DOW-UAP-D12, Mission Report, Iraq, May 2022
Agency: Department of War
Incident date: 5/20/22
Incident location: Iraq
Page 1
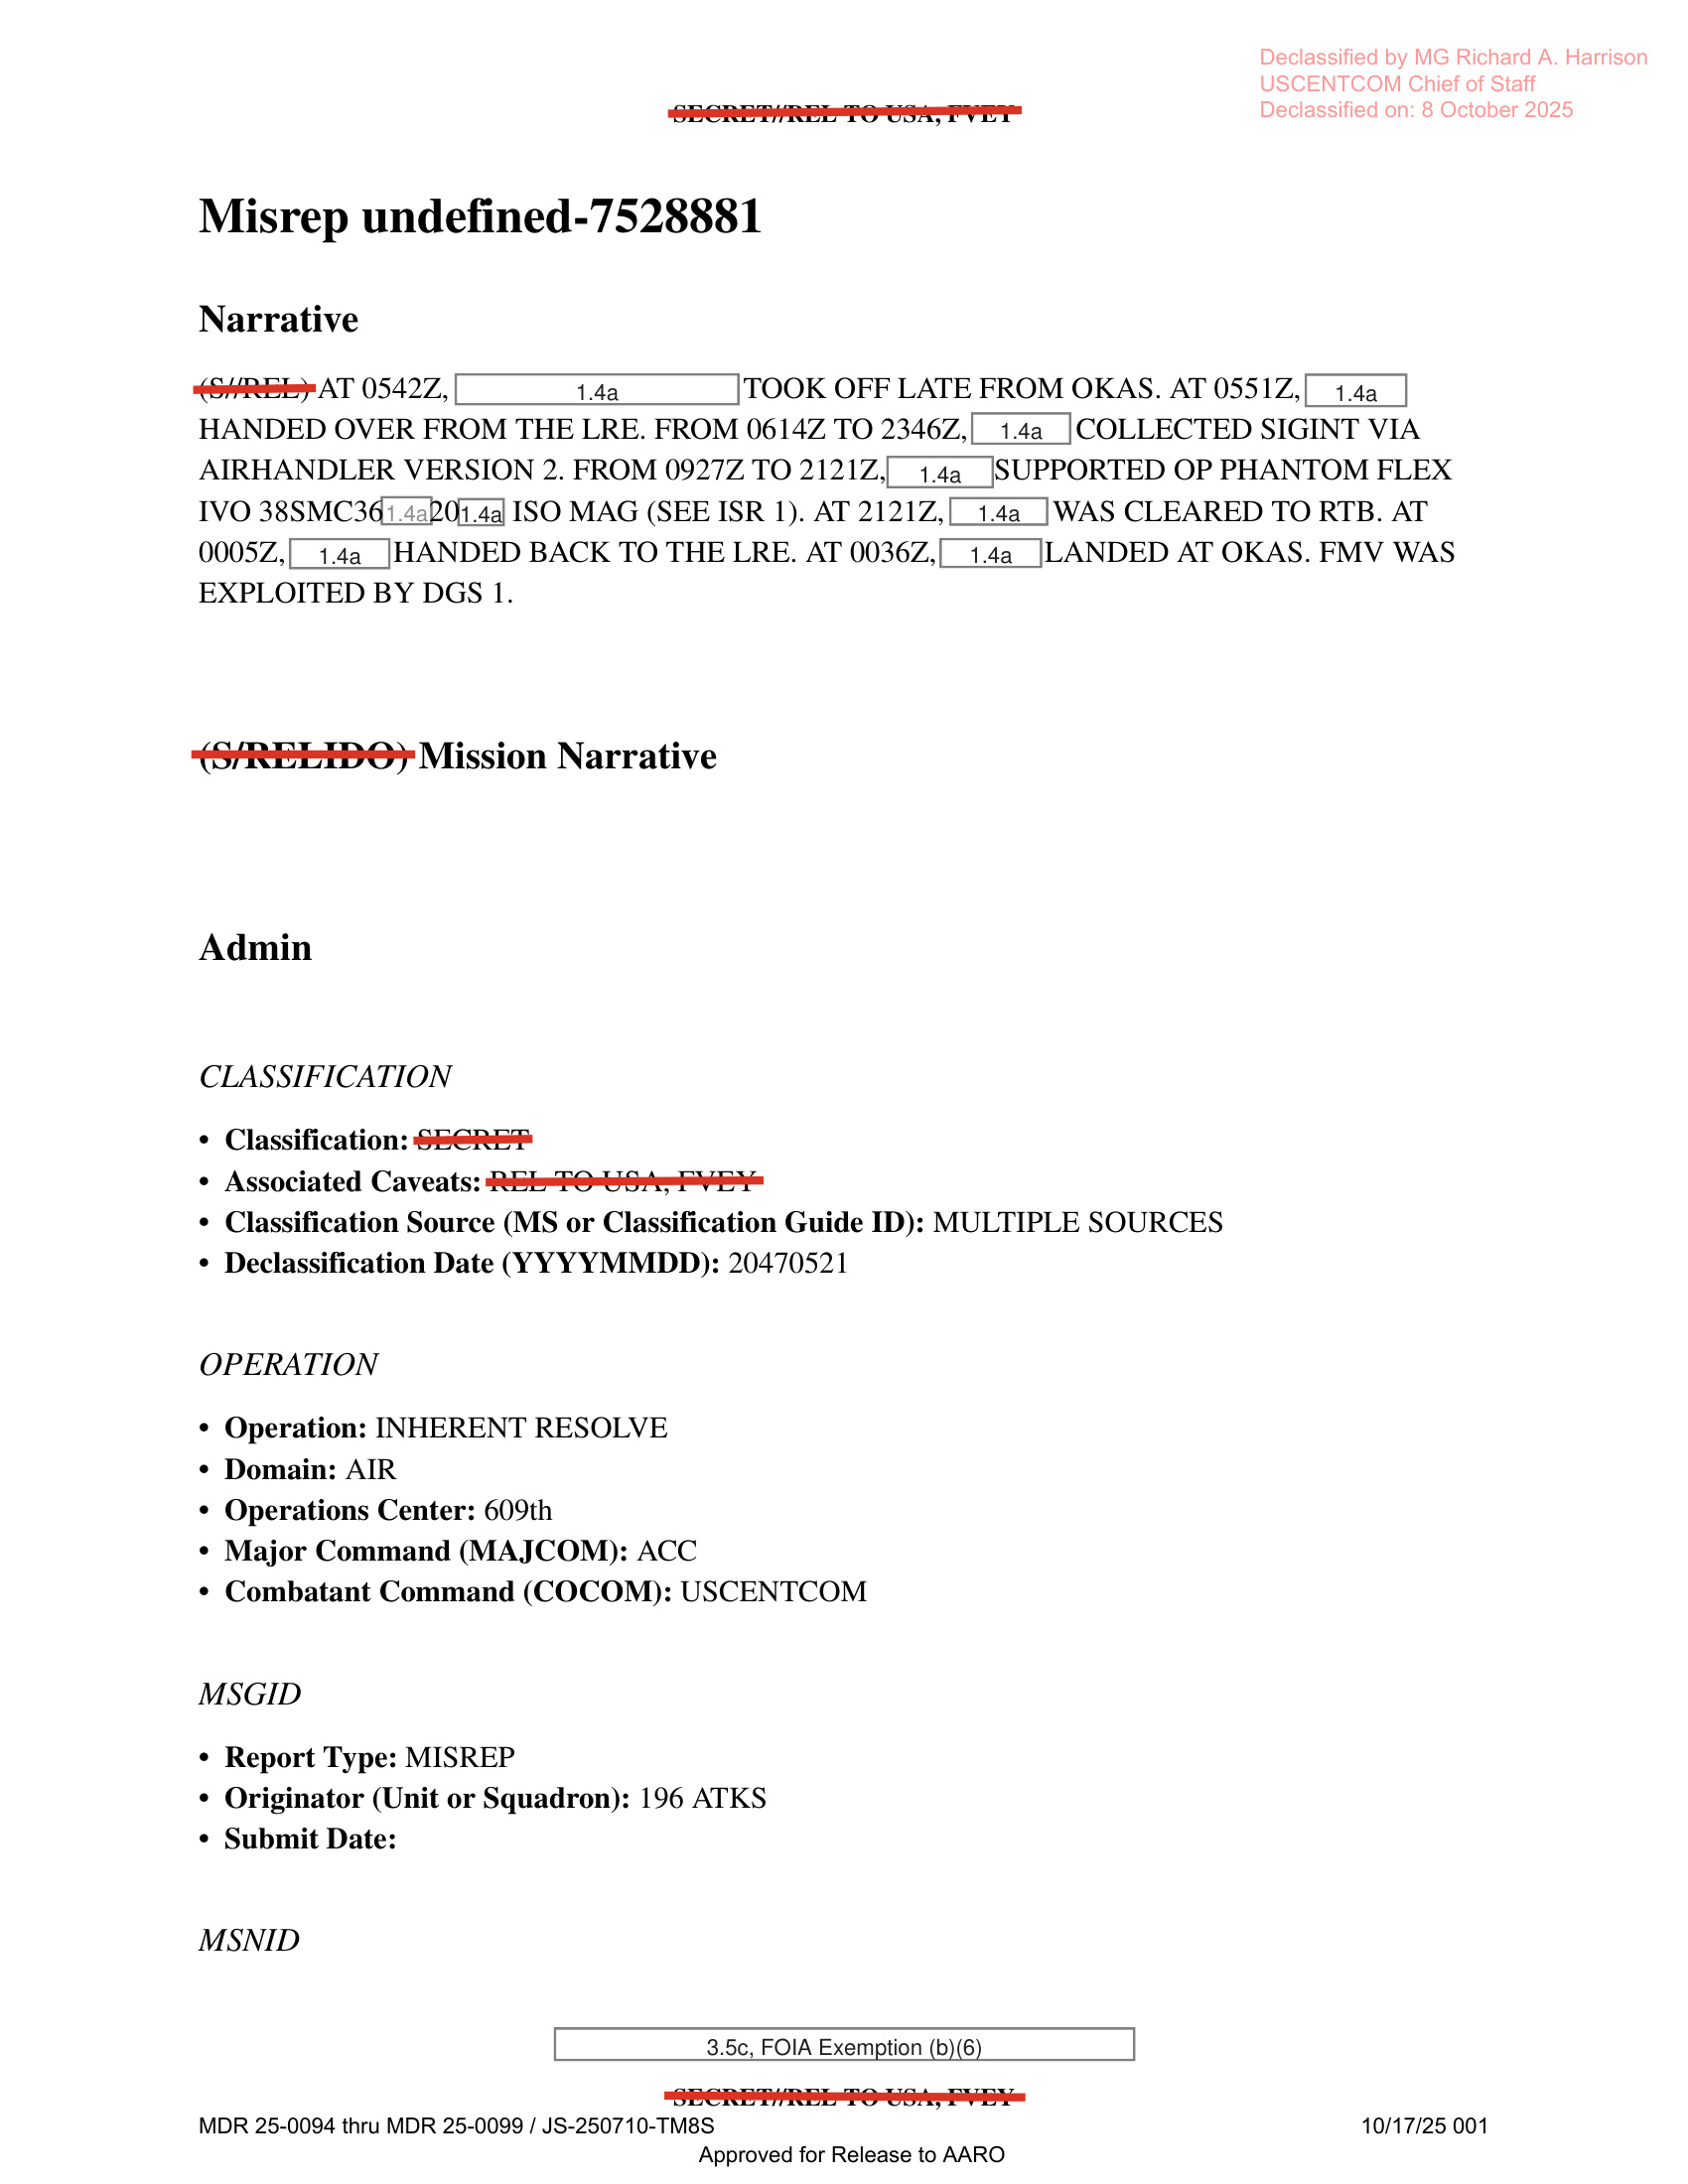